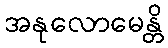
အနုလောမေန္တိ